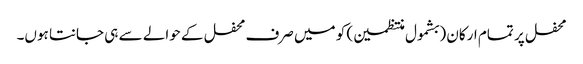
محفل پر تمام ارکان (بشمول منتظمین) کو میں صرف محفل کے حوالے سے ہی جانتا ہوں۔